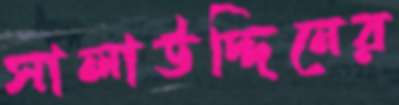
সালাউদ্দিনের